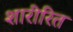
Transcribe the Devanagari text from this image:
शारीरित